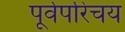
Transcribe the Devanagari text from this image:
पूर्वपरिचय